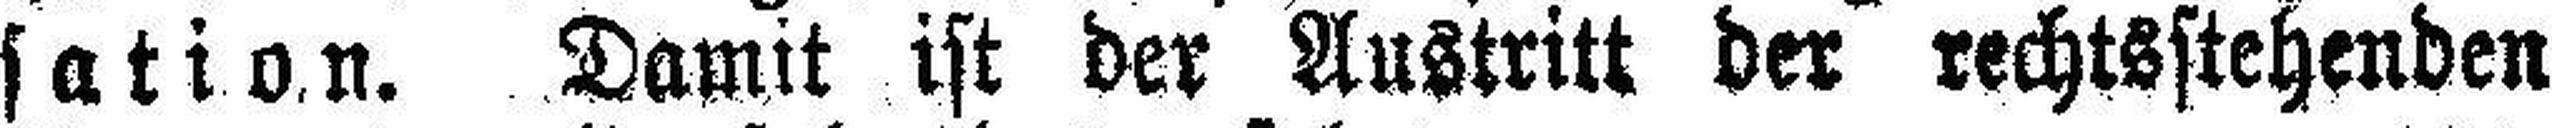
sation. Damit ist der Austritt der rechtsstehenden